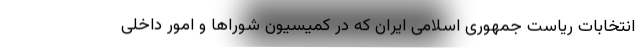
انتخابات ریاست جمهوری اسلامی ایران که در کمیسیون شوراها و امور داخلی